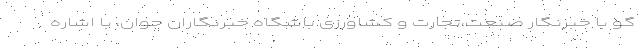
گو با خبرنگار صنعت،تجارت و کشاورزی باشگاه خبرنگاران جوان، با اشاره